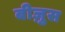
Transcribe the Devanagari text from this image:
बीज़ुस